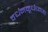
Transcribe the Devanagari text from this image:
वर्धनमूर्धध्वजा